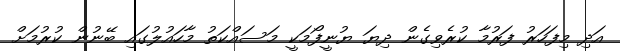
އަދި މިފަހަރު ފަރުމާ ކުރެވިގެން ދިޔަ ޔުނީފޯމަކީ މަސައްކަތު މާހައުލުގައި ބޭނުން ކުރުމަށް